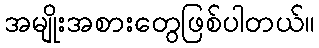
အမျိုးအစားတွေဖြစ်ပါတယ်။